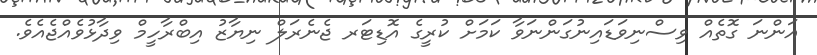
އަންނަ ގޮތެއް ވިސްނިވަޑައިނުގަންނަވާ ކަމަށް ކުރީގެ އޮޑިޓަރ ޖެނެރަލް ނިޔާޒު އިބްރާހީމް ވިދާޅުވެއްޖެއެވެ.